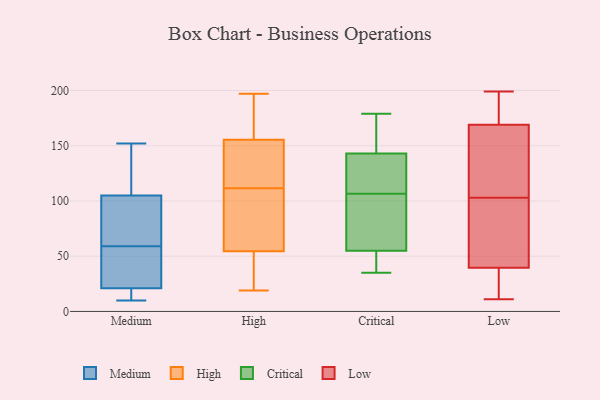
{"axis": {"x": "Production Output", "y": "Value"}, "legend": ["Critical", "High", "Low", "Medium"], "data": [{"x": "", "y": 124, "type": "Medium"}, {"x": "", "y": 99, "type": "Medium"}, {"x": "", "y": 50, "type": "Medium"}, {"x": "", "y": 10, "type": "Medium"}, {"x": "", "y": 79, "type": "Medium"}, {"x": "", "y": 57, "type": "Medium"}, {"x": "", "y": 130, "type": "Medium"}, {"x": "", "y": 26, "type": "Medium"}, {"x": "", "y": 110, "type": "Medium"}, {"x": "", "y": 33, "type": "Medium"}, {"x": "", "y": 10, "type": "Medium"}, {"x": "", "y": 61, "type": "Medium"}, {"x": "", "y": 105, "type": "Medium"}, {"x": "", "y": 12, "type": "Medium"}, {"x": "", "y": 152, "type": "Medium"}, {"x": "", "y": 21, "type": "Medium"}, {"x": "", "y": 93, "type": "Medium"}, {"x": "", "y": 17, "type": "Medium"}, {"x": "", "y": 19, "type": "High"}, {"x": "", "y": 50, "type": "High"}, {"x": "", "y": 55, "type": "High"}, {"x": "", "y": 28, "type": "High"}, {"x": "", "y": 190, "type": "High"}, {"x": "", "y": 197, "type": "High"}, {"x": "", "y": 164, "type": "High"}, {"x": "", "y": 134, "type": "High"}, {"x": "", "y": 98, "type": "High"}, {"x": "", "y": 163, "type": "High"}, {"x": "", "y": 111, "type": "High"}, {"x": "", "y": 122, "type": "High"}, {"x": "", "y": 112, "type": "High"}, {"x": "", "y": 148, "type": "High"}, {"x": "", "y": 72, "type": "High"}, {"x": "", "y": 54, "type": "High"}, {"x": "", "y": 155, "type": "Critical"}, {"x": "", "y": 133, "type": "Critical"}, {"x": "", "y": 153, "type": "Critical"}, {"x": "", "y": 96, "type": "Critical"}, {"x": "", "y": 143, "type": "Critical"}, {"x": "", "y": 127, "type": "Critical"}, {"x": "", "y": 143, "type": "Critical"}, {"x": "", "y": 45, "type": "Critical"}, {"x": "", "y": 45, "type": "Critical"}, {"x": "", "y": 35, "type": "Critical"}, {"x": "", "y": 81, "type": "Critical"}, {"x": "", "y": 65, "type": "Critical"}, {"x": "", "y": 38, "type": "Critical"}, {"x": "", "y": 105, "type": "Critical"}, {"x": "", "y": 108, "type": "Critical"}, {"x": "", "y": 179, "type": "Critical"}, {"x": "", "y": 159, "type": "Low"}, {"x": "", "y": 193, "type": "Low"}, {"x": "", "y": 47, "type": "Low"}, {"x": "", "y": 119, "type": "Low"}, {"x": "", "y": 199, "type": "Low"}, {"x": "", "y": 16, "type": "Low"}, {"x": "", "y": 11, "type": "Low"}, {"x": "", "y": 161, "type": "Low"}, {"x": "", "y": 103, "type": "Low"}, {"x": "", "y": 73, "type": "Low"}, {"x": "", "y": 17, "type": "Low"}, {"x": "", "y": 58, "type": "Low"}, {"x": "", "y": 195, "type": "Low"}]}